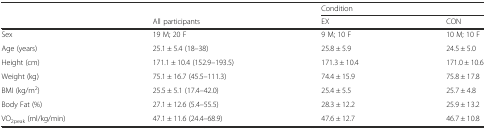
<table><thead><tr><td></td><td></td><td colspan="2"><b>Condition</b></td></tr><tr><td></td><td><b>All participants</b></td><td><b>EX</b></td><td><b>CON</b></td></tr></thead><tbody><tr><td>Sex</td><td>19 M; 20 F</td><td>9 M; 10 F</td><td>10 M; 10 F</td></tr><tr><td>Age (years)</td><td>25.1 ± 5.4 (18–38)</td><td>25.8 ± 5.9</td><td>24.5 ± 5.0</td></tr><tr><td>Height (cm)</td><td>171.1 ± 10.4 (152.9–193.5)</td><td>171.3 ± 10.4</td><td>171.0 ± 10.6</td></tr><tr><td>Weight (kg)</td><td>75.1 ± 16.7 (45.5–111.3)</td><td>74.4 ± 15.9</td><td>75.8 ± 17.8</td></tr><tr><td>BMI (kg/m<sup>2</sup>)</td><td>25.5 ± 5.1 (17.4–42.0)</td><td>25.4 ± 5.5</td><td>25.7 ± 4.8</td></tr><tr><td>Body Fat (%)</td><td>27.1 ± 12.6 (5.4–55.5)</td><td>28.3 ± 12.2</td><td>25.9 ± 13.2</td></tr><tr><td>VO<sub>2peak</sub> (ml/kg/min)</td><td>47.1 ± 11.6 (24.4–68.9)</td><td>47.6 ± 12.7</td><td>46.7 ± 10.8</td></tr></tbody></table>